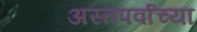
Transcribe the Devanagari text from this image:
अस्तपर्वाच्या